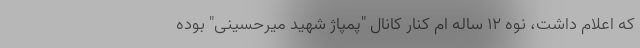
که اعلام داشت، نوه ۱۲ ساله ام کنار کانال "پمپاژ شهید میرحسینی" بوده